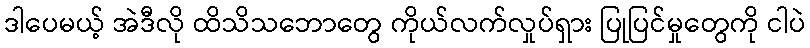
ဒါပေမယ့် အဲဒီလို ထိသိသဘောတွေ ကိုယ်လက်လှုပ်ရှား ပြုပြင်မှုတွေကို ငါပဲ